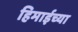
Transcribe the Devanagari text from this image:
हिमाईच्या